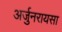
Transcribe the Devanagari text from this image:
अर्जुनरायसा